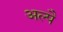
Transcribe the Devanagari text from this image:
अल्पै